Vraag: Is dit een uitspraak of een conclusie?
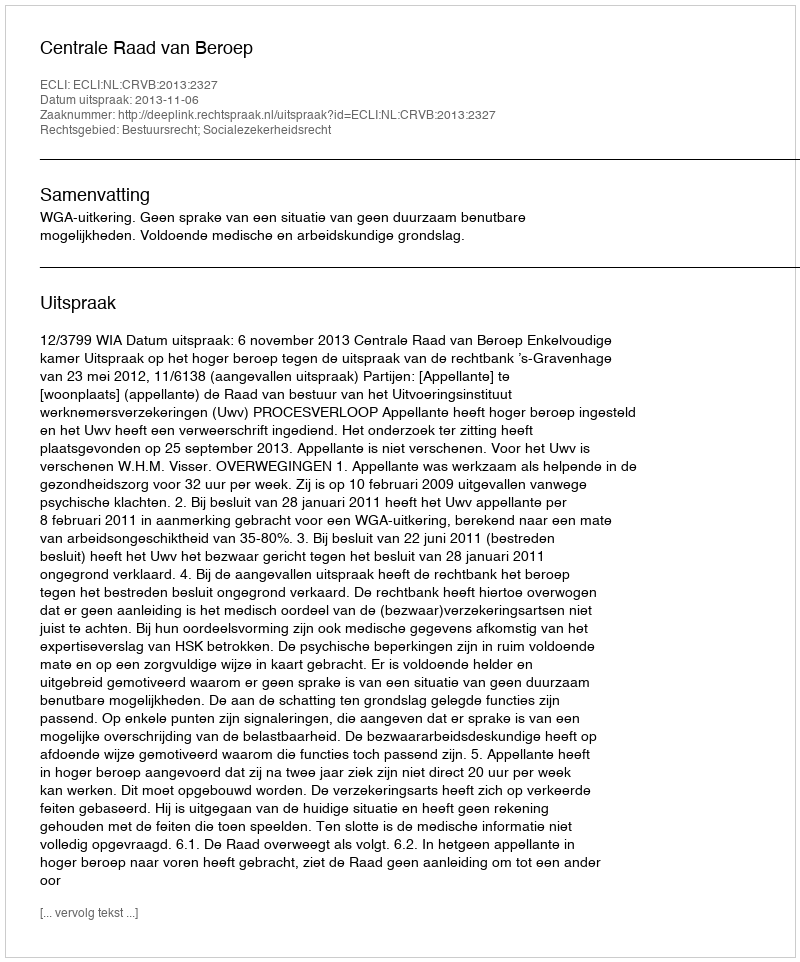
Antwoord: Uitspraak